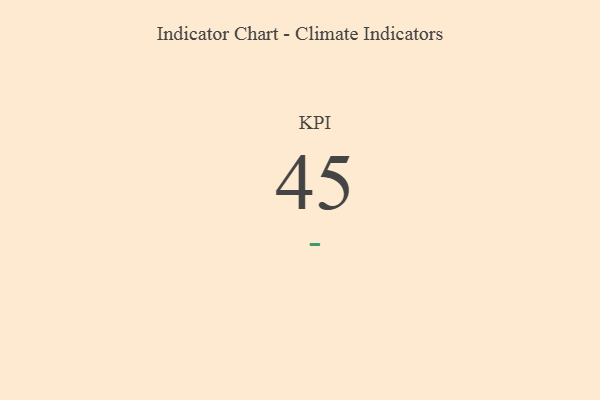
{"axis": {"x": "KPI", "y": "Value"}, "legend": [""], "data": [{"x": "KPI", "y": 45, "type": ""}]}